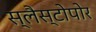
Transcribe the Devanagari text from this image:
स्लैस्टोपोर